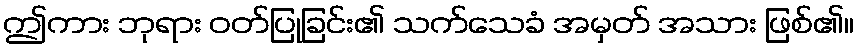
ဤကား ဘုရား ဝတ်ပြုခြင်း၏ သက်သေခံ အမှတ် အသား ဖြစ်၏။